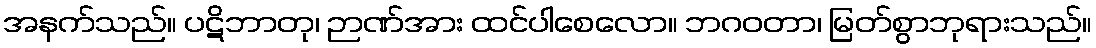
အနက်သည်။ ပဋိဘာတု၊ ဉာဏ်အား ထင်ပါစေလော။ ဘဂဝတာ၊ မြတ်စွာဘုရားသည်။